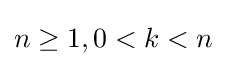
n\geq 1,0<k<n